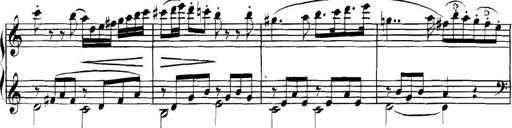
Title: Collected Piano Sonatas
Composer: Muzio Clementi